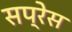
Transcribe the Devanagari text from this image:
सप्रेस